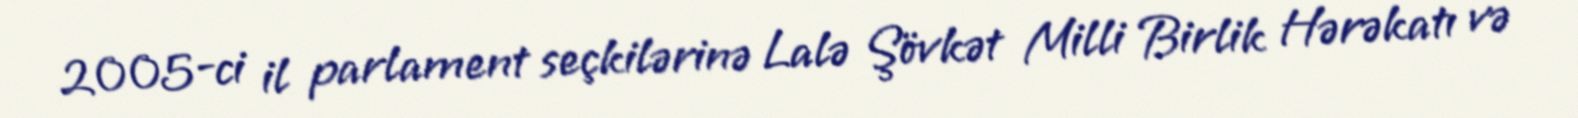
2005-ci il parlament seçkilərinə Lalə Şövkət Milli Birlik Hərəkatı və